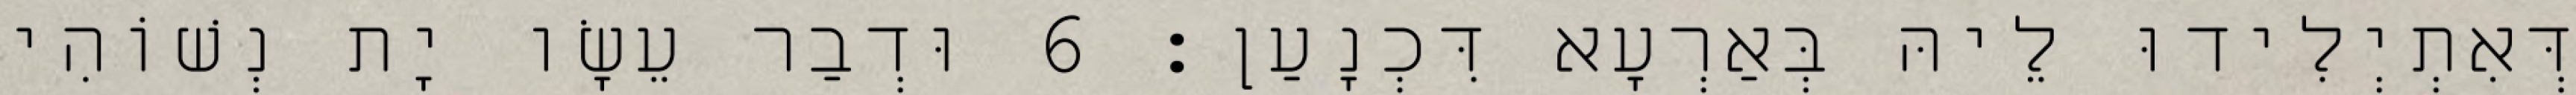
דְּאִתְיְלִידוּ לֵיהּ בְּאַרְעָא דִּכְנָעַן׃ 6 וּדְבַר עֵשָׂו יָת נְשׁוֹהִי